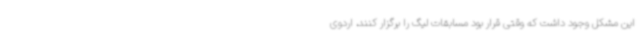
این مشکل وجود داشت که وقتی قرار بود مسابقات لیگ را برگزار کنند، اردوی